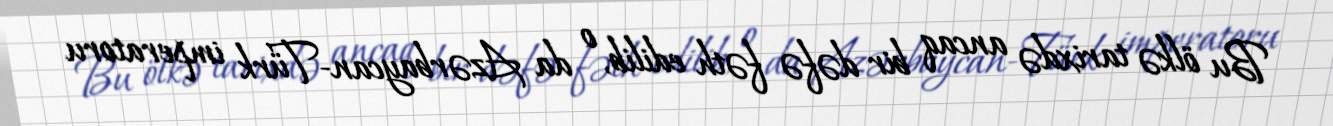
Bu ölkə tarixdə ancaq bir dəfə fəth edilib, o da Azərbaycan-Türk imperatoru